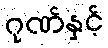
ဂုဏ်နှင့်